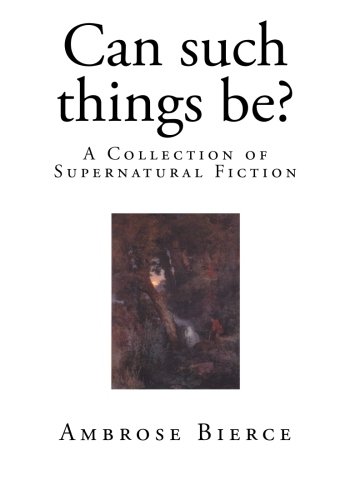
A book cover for Can such things be?: A Collection of Supernatural Fiction; Ambrose Bierce; Literature & Fiction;